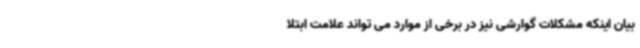
بیان اینکه مشکلات گوارشی نیز در برخی از موارد می تواند علامت ابتلا